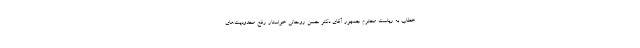
خطاب به ریاست محترم جمهور آقای دکتر حسن روحانی خواستار رفع محدودیت‌های